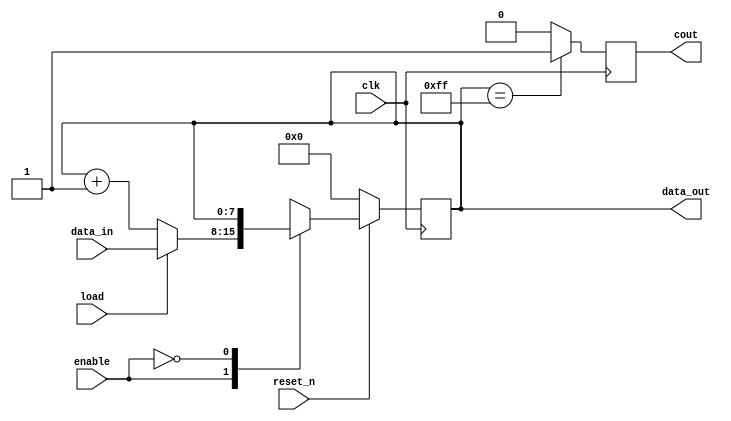
//***************************************************************************//
//***************************************************************************//
//***************************************************************************//
//**************                                          *******************//
//**************                                          *******************//
//**************      (c) SASIC Technologies Pvt Ltd      *******************//
//**************          (c) Verilogic Solutions         *******************//
//**************                                          *******************//
//**************                                          *******************//
//**************                                          *******************//
//**************           www.sasictek.com               *******************//
//**************          www.verilog-ic.com              *******************//
//**************                                          *******************//
//**************           Twitter:@sasictek              *******************//
//**************                                          *******************//
//**************                                          *******************//
//**************                                          *******************//
//***************************************************************************//
//***************************************************************************//


//              File Type: Verilog                                 

                             
//***************************************************************************//
//***************************************************************************//
                             

//              Author:
//              Reviewer:
//              Manager:
                             

//***************************************************************************//
//***************************************************************************//
//
module counter_load #(parameter I_WIDTH=8,
											parameter	O_WIDTH=8)
								 	 	(input clk,
										 input reset_n,
									 	 input enable,
									 	 input load,
										 output reg [O_WIDTH-1:0]data_out,
									 	 input [I_WIDTH-1:0]data_in,
									 	 output reg cout);
	always@(posedge clk)
		begin					//counter start
			if(!reset_n)
				begin//not_reset start
					data_out<=1'b0;
				end						//not_reset end
			else
				begin:else_blk
					case(enable)
						1'b1:
							begin:enable1_blk
								data_out<=data_out+1'b1;
							if(load)
								begin:load_blk
									data_out<=data_in;
								end	//load_blk
							else
								begin:load_x_z_0
									data_out<=data_out+1'b1;
								end	//load_x_z_o
							end	//enable1_blk
						1'b0:
							begin:enable0_blk
								data_out<=data_out;
							end	//enable0_blk
						default:
							begin:enable_unknown
								data_out<=data_out;
							end	//enable_unknown
						endcase
				end	//else_blk
		end	//alw_blk
	always@(posedge clk)
		begin:alw_blk
			if(data_out =='d255)
				begin:data_out_255
					cout<=1'b1;
				end	//data_out_255
			else 
				begin:cout_blk
					cout<=1'b0;
				end	//cout_blk
		end
endmodule